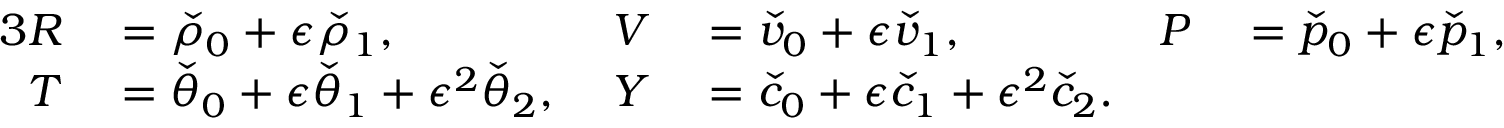
\begin{array} { r l r l r l } { { 3 } R } & { { } = \check { \rho } _ { 0 } + \epsilon \check { \rho } _ { 1 } , } & { V } & { { } = \check { v } _ { 0 } + \epsilon \check { v } _ { 1 } , \; } & { P } & { { } = \check { p } _ { 0 } + \epsilon \check { p } _ { 1 } , } \\ { T } & { { } = \check { \theta } _ { 0 } + \epsilon \check { \theta } _ { 1 } + \epsilon ^ { 2 } \check { \theta } _ { 2 } , \; } & { Y } & { { } = \check { c } _ { 0 } + \epsilon \check { c } _ { 1 } + \epsilon ^ { 2 } \check { c } _ { 2 } . } & { } & { { } } \end{array}